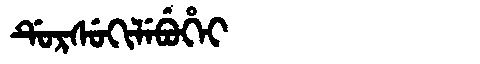
Manchu: ᡩᡠᡵᠰᡠᡴᡳᠯᡝᠪᡠᡥᡝᡳ
Romanization: DURSUKILEBUHEI